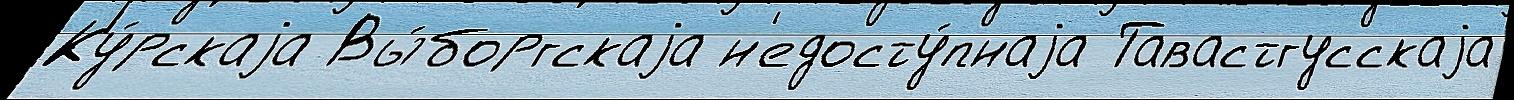
Ку́рскаjа Вы́боргскаjа н'едосту́пнаjа Тавастгусскаjа